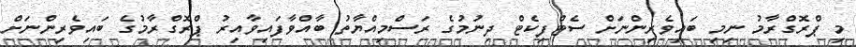
މި ޕްރޮގްރާމު ނިމި ބައިވެރިންނަށް ސެޓްފިކެޓް ދިނުމުގެ ރަސްމިއްޔާތު ބާއްވާފައިވާއިރު ޕްރޮގްރާމުގެ ބައިވެރިންނަށް